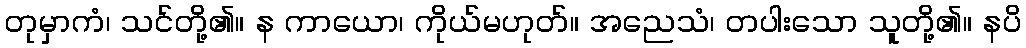
တုမှာကံ၊ သင်တို့၏။ န ကာယော၊ ကိုယ်မဟုတ်။ အညေသံ၊ တပါးသော သူတို့၏။ နပိ